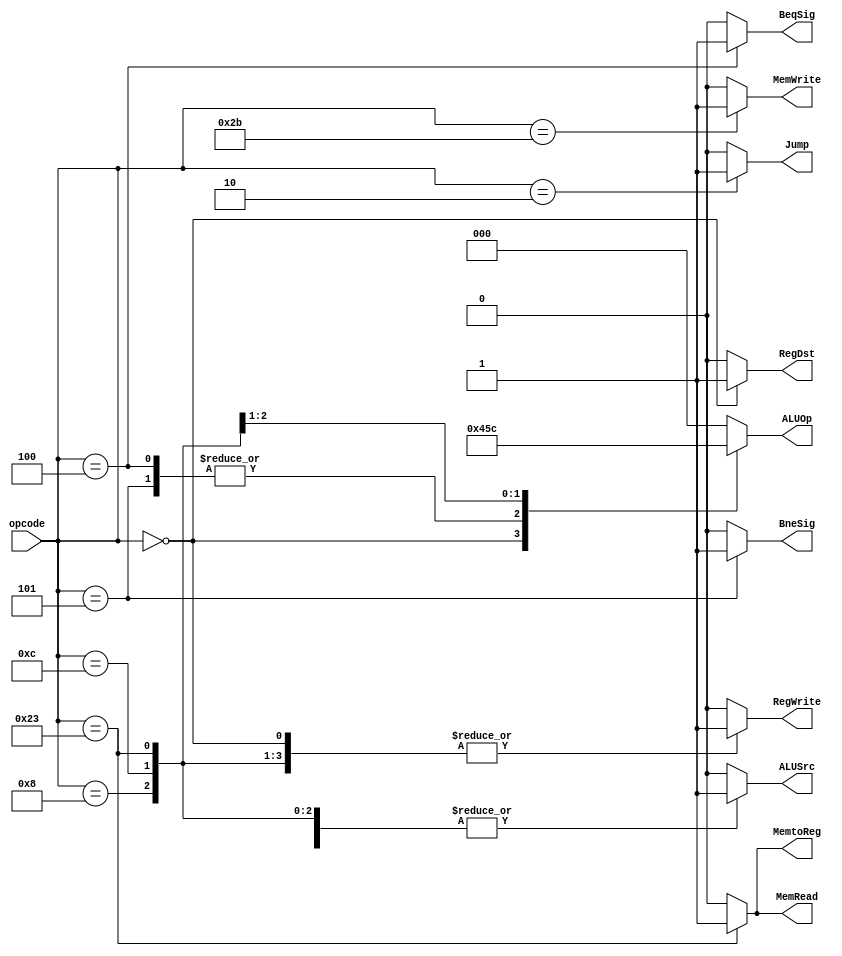
`timescale 1ns / 1ps
module control(opcode, RegDst, Jump, BeqSig, BneSig, MemRead, MemtoReg, ALUOp, MemWrite, ALUSrc, RegWrite); 
    input [5:0] opcode;
    output RegDst, Jump, BeqSig, BneSig, MemRead, MemtoReg, MemWrite, ALUSrc, RegWrite;
    output [2:0] ALUOp;

    reg RegDst, Jump, BeqSig, BneSig, MemRead, MemtoReg, MemWrite, ALUSrc, RegWrite;
    reg [2:0]ALUOp; 

    // Initialize all the control signals to 0
    initial begin
        RegDst = 1'b0; 
        Jump = 1'b0;
        BeqSig = 1'b0;
        BneSig = 1'b0;
        MemRead = 1'b0;
        MemtoReg = 1'b0;
        MemWrite = 1'b0;
        ALUSrc = 1'b0;
        RegWrite = 1'b0;
        ALUOp = 3'b000;
    end

    always @ (opcode) begin
        case (opcode)
            // R-type
            6'b000000: begin
                RegDst = 1'b1; 
                Jump = 1'b0;
                BeqSig = 1'b0;
                BneSig = 1'b0;
                MemRead = 1'b0;
                MemtoReg = 1'b0;
                MemWrite = 1'b0;
                ALUSrc = 1'b0;
                RegWrite = 1'b1;
                ALUOp = 3'b010;
            end
            // J-type
            6'b000010: begin 
                RegDst = 1'b0;
                Jump = 1'b1;
                BeqSig = 1'b0;
                BneSig = 1'b0;
                MemRead = 1'b0;
                MemtoReg = 1'b0;
                MemWrite = 1'b0;
                ALUSrc = 1'b0;
                RegWrite = 1'b0;
                ALUOp = 3'b000;
            end
            // beq
            6'b000100: begin
                RegDst = 1'b0;
                Jump = 1'b0;
                BeqSig = 1'b1;
                BneSig = 1'b0;
                MemRead = 1'b0;
                MemtoReg = 1'b0;
                MemWrite = 1'b0;
                ALUSrc = 1'b0;
                RegWrite = 1'b0;
                ALUOp = 3'b001;
            end
            // bne
            6'b000101: begin
                RegDst = 1'b0;
                Jump = 1'b0;
                BeqSig = 1'b0;
                BneSig = 1'b1;
                MemRead = 1'b0;
                MemtoReg = 1'b0;
                MemWrite = 1'b0;
                ALUSrc = 1'b0;
                RegWrite = 1'b0;
                ALUOp = 3'b001;
            end
            // addi
            6'b001000: begin
                RegDst = 1'b0;
                Jump = 1'b0;
                BeqSig = 1'b0;
                BneSig = 1'b0;
                MemRead = 1'b0;
                MemtoReg = 1'b0;
                MemWrite = 1'b0;
                ALUSrc = 1'b1;
                RegWrite = 1'b1;
                ALUOp = 3'b011;
            end
            // andi
            6'b001100: begin
                RegDst = 1'b0;
                Jump = 1'b0;
                BeqSig = 1'b0;
                BneSig = 1'b0;
                MemRead = 1'b0;
                MemtoReg = 1'b0;
                MemWrite = 1'b0;
                ALUSrc = 1'b1;
                RegWrite = 1'b1;
                ALUOp = 3'b100;
            end
            // lw
             6'b100011: begin
                RegDst = 1'b0;
                Jump = 1'b0;
                BeqSig = 1'b0;
                BneSig = 1'b0;
                MemRead = 1'b1;
                MemtoReg = 1'b1;
                MemWrite = 1'b0;
                ALUSrc = 1'b1;
                RegWrite = 1'b1;
                ALUOp = 3'b000;
            end
            // sw
             6'b101011: begin
                RegDst = 1'b0;
                Jump = 1'b0;
                BeqSig = 1'b0;
                BneSig = 1'b0;
                MemRead = 1'b0;
                MemtoReg = 1'b0;
                MemWrite = 1'b1;
                ALUSrc = 1'b1;
                RegWrite = 1'b0;
                ALUOp = 3'b000;
            end
            default: begin
                RegDst = 1'b0; 
                Jump = 1'b0;
                BeqSig = 1'b0;
                BneSig = 1'b0;
                MemRead = 1'b0;
                MemtoReg = 1'b0;
                MemWrite = 1'b0;
                ALUSrc = 1'b0;
                RegWrite = 1'b0;
                ALUOp = 3'b000;
            end
        endcase
    end
endmodule